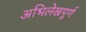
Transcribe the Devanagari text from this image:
अभिलेखपूर्ण